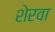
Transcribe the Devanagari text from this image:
शेरवा